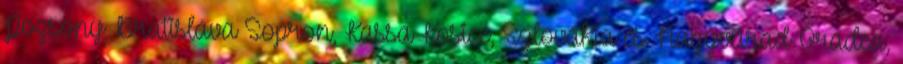
Pozsony Bratisláva Sopron, Kassa Kosice, Szlovákia és Nagyvárad Oradea,